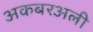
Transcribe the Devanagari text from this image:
अकबरअली